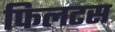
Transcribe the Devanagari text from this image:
फिलटस